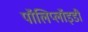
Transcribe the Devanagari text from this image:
पॉलिप्लॉइडी